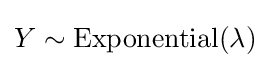
Y\sim {\textrm {Exponential}}(\lambda )